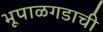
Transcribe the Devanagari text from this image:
भूपाळगडाची